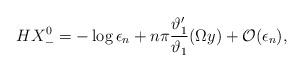
LaTeX: \begin{align*}HX^0_-=-\log\epsilon_n+n\pi\frac{\vartheta'_1}{\vartheta_1}(\Omega y)+{\cal O}(\epsilon_n),\end{align*}